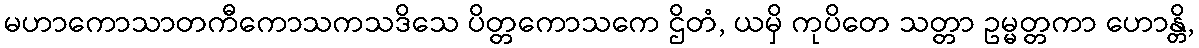
မဟာကောသာတကီကောသကသဒိသေ ပိတ္တကောသကေ ဌိတံ, ယမှိ ကုပိတေ သတ္တာ ဥမ္မတ္တကာ ဟောန္တိ,